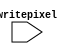
`timescale 1ns / 1ps
//////////////////////////////////////////////////////////////////////////////////
// Company: 
// Engineer: 
// 
// Design Name: 
// Module Name: write
// Project Name: 
// Target Devices: 
// Tool Versions: 
// Description: 
// 
// Dependencies: 
// 
// Revision:
// Revision 0.01 - File Created
// Additional Comments:
// 
//////////////////////////////////////////////////////////////////////////////////


module write(writepixel);
    input writepixel;
    
    always @ (posedge writepixel) begin
        
        end
endmodule